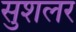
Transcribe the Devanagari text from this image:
सुशलर